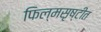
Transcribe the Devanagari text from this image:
फिल्मसृष्टीत